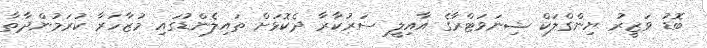
ބޮޑު ވަޒީރު ޔިންގްލަކް ޝިނަވަޓްރާގެ އާއިލީ ސަރުކާރާ ދެކޮޅަށް ތައިލެންޑުގައި މުޒާހަރާ ކުރަމުންދާތާ